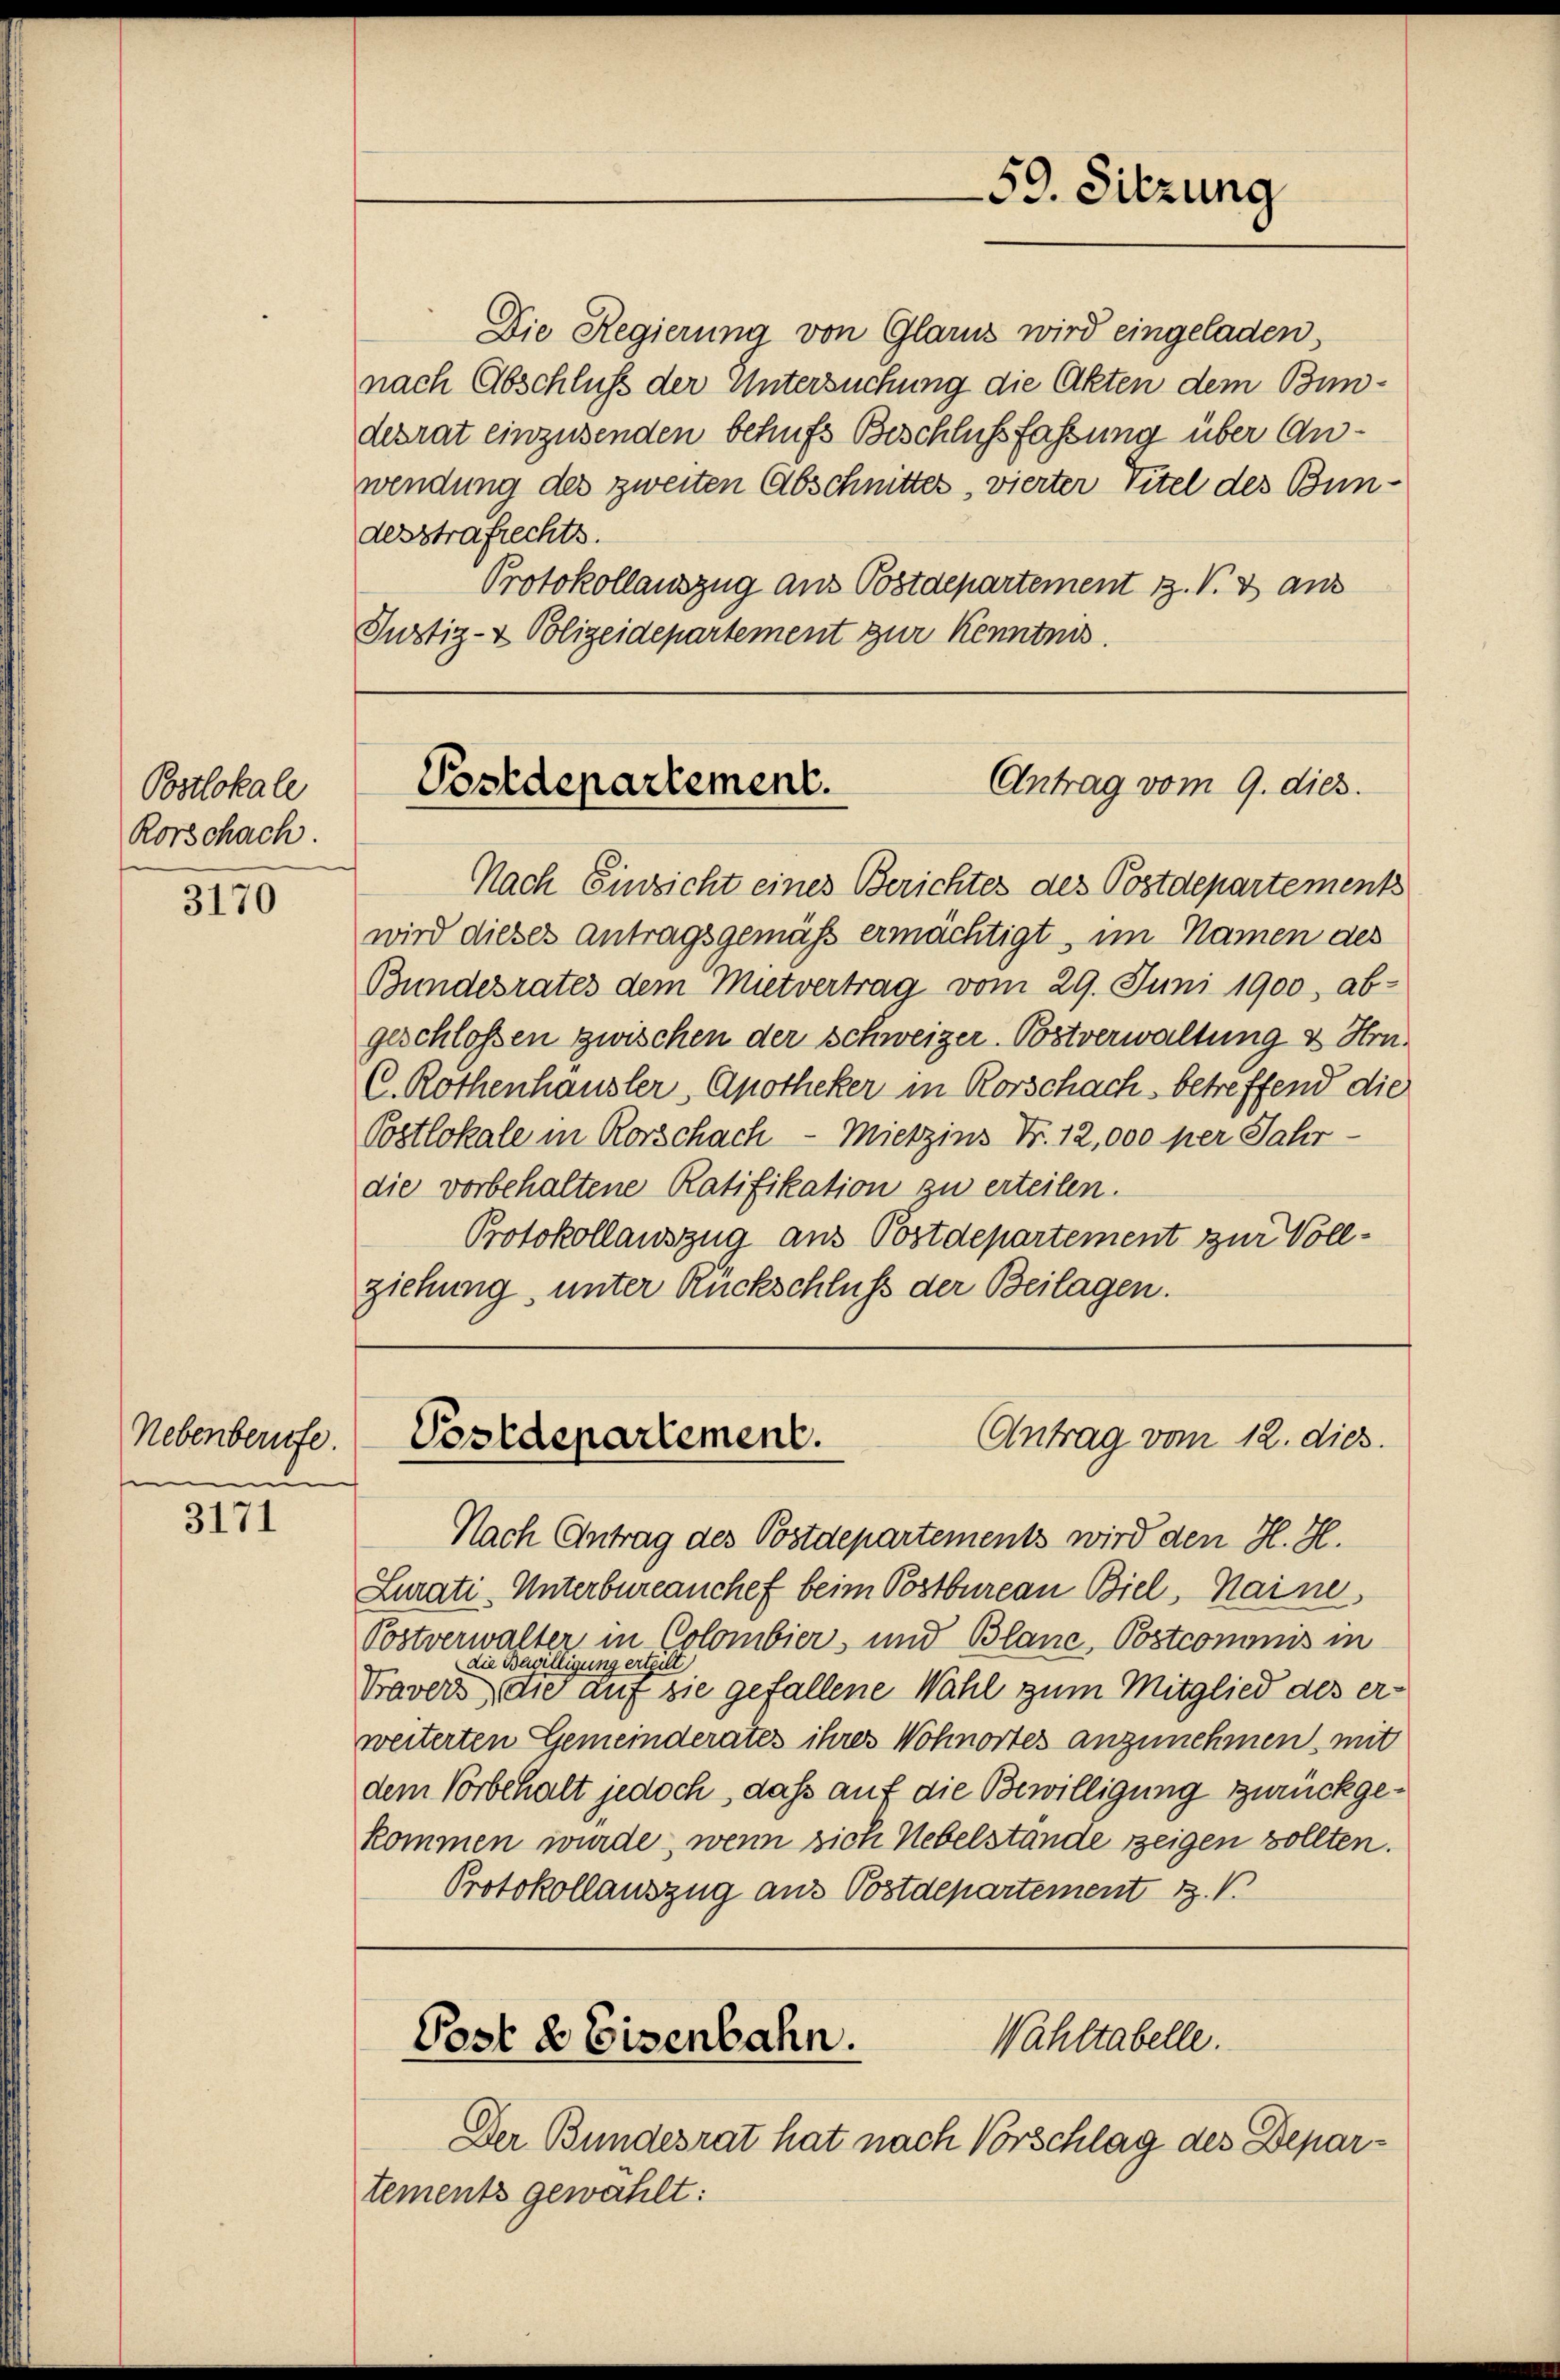
Postlokale
Rorschach.

3170

Nebenberufe

3171

Die Regierung von Glarus wird eingeladen
nach Abschluß der Untersuchung die Akten dem Bundesrat einzusenden behufs Beschlußfassung über Anwendung des zweiten Abschnittes, vierter Titel des Bundesstrafrechts.
Protokollauszug aus Postdepartement 1. V. 3 aus
Justiz- & Polizeidepartement zur Kenntnis.

59. Sitzung

Antrag vom 9. dies.
Postdepartement.

Nach Einzicht eines Berichtes des Postdepartements
wird dieses Antragsgemäß ermächtigt, im Namen des
Bundesrates dem Mietvertrag vom 29. Juni 1900, ab-
geschlossen zwischen der Schweizer-Bostverwaltung & Hrn.
C. Rothenhausler, Apotheker in Rorschach, betreffend die
Postlokale in Rorschach - Mietzins Fr. 12,000 per Jahr-
die vorbehaltene Ratifikation zu erteilen.
Protokollauszug aus Postdepartement zur Vollziehung, unter Rückschluß der Beilagen.

Antrag vom 12. dies
Postdepartement.

Wahltabelle.
Post & Eisenbahn.

Nach Antrag des Postdepartements wird den H. H.
Lurati-Unterbureauchef beim Postbureau Biel, Haine
Postverwalter in Colombier, und Blanc, Postcomnis in
die Bewilligung erteilt
Travers, die auf sie gefallene Wahl zum Mitglied des erweiterten Gemeinderates ihres Wohnortes anzunehmen, mit
dem Vorbehalt jedoch, daß auf die Bewilligung zurückgekommen wurde, wenn sich Nebelstände zeigen sollten.
Protokollauszug aus Postdepartement V.

Der Bundesrat hat nach Vorschlag des Departements gewählt: